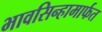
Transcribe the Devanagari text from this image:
भावसिन्हामार्फत